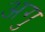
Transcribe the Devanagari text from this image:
अगु